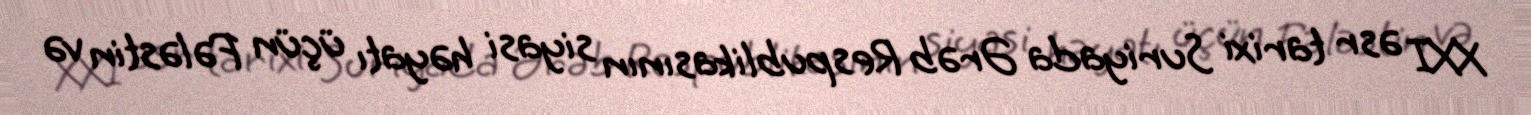
XXI əsr tarixi Suriyada Ərəb Respublikasının siyasi həyatı üçün Fələstin və